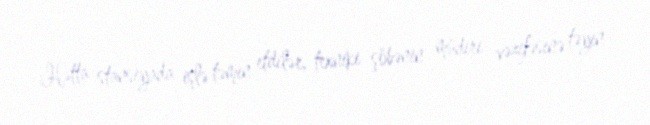
Hətta stansiyada işlə təmin etdilər, texniki şöbənin müdiri vəzifəsinə təyin